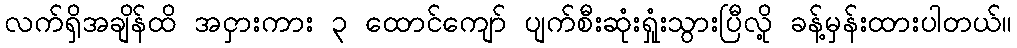
လက်ရှိအချိန်ထိ အငှားကား ၃ ထောင်ကျော် ပျက်စီးဆုံးရှုံးသွားပြီလို့ ခန့်မှန်းထားပါတယ်။